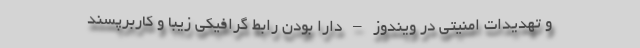
و تهدیدات امنیتی در ویندوز – دارا بودن رابط گرافیکی زیبا و کاربرپسند